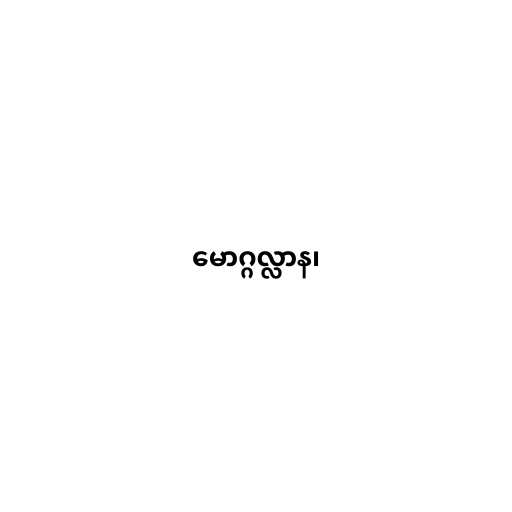
မောဂ္ဂလ္လာန၊